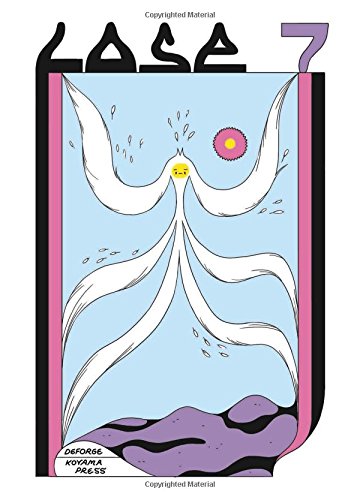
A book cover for Lose #7; Michael DeForge; Comics & Graphic Novels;